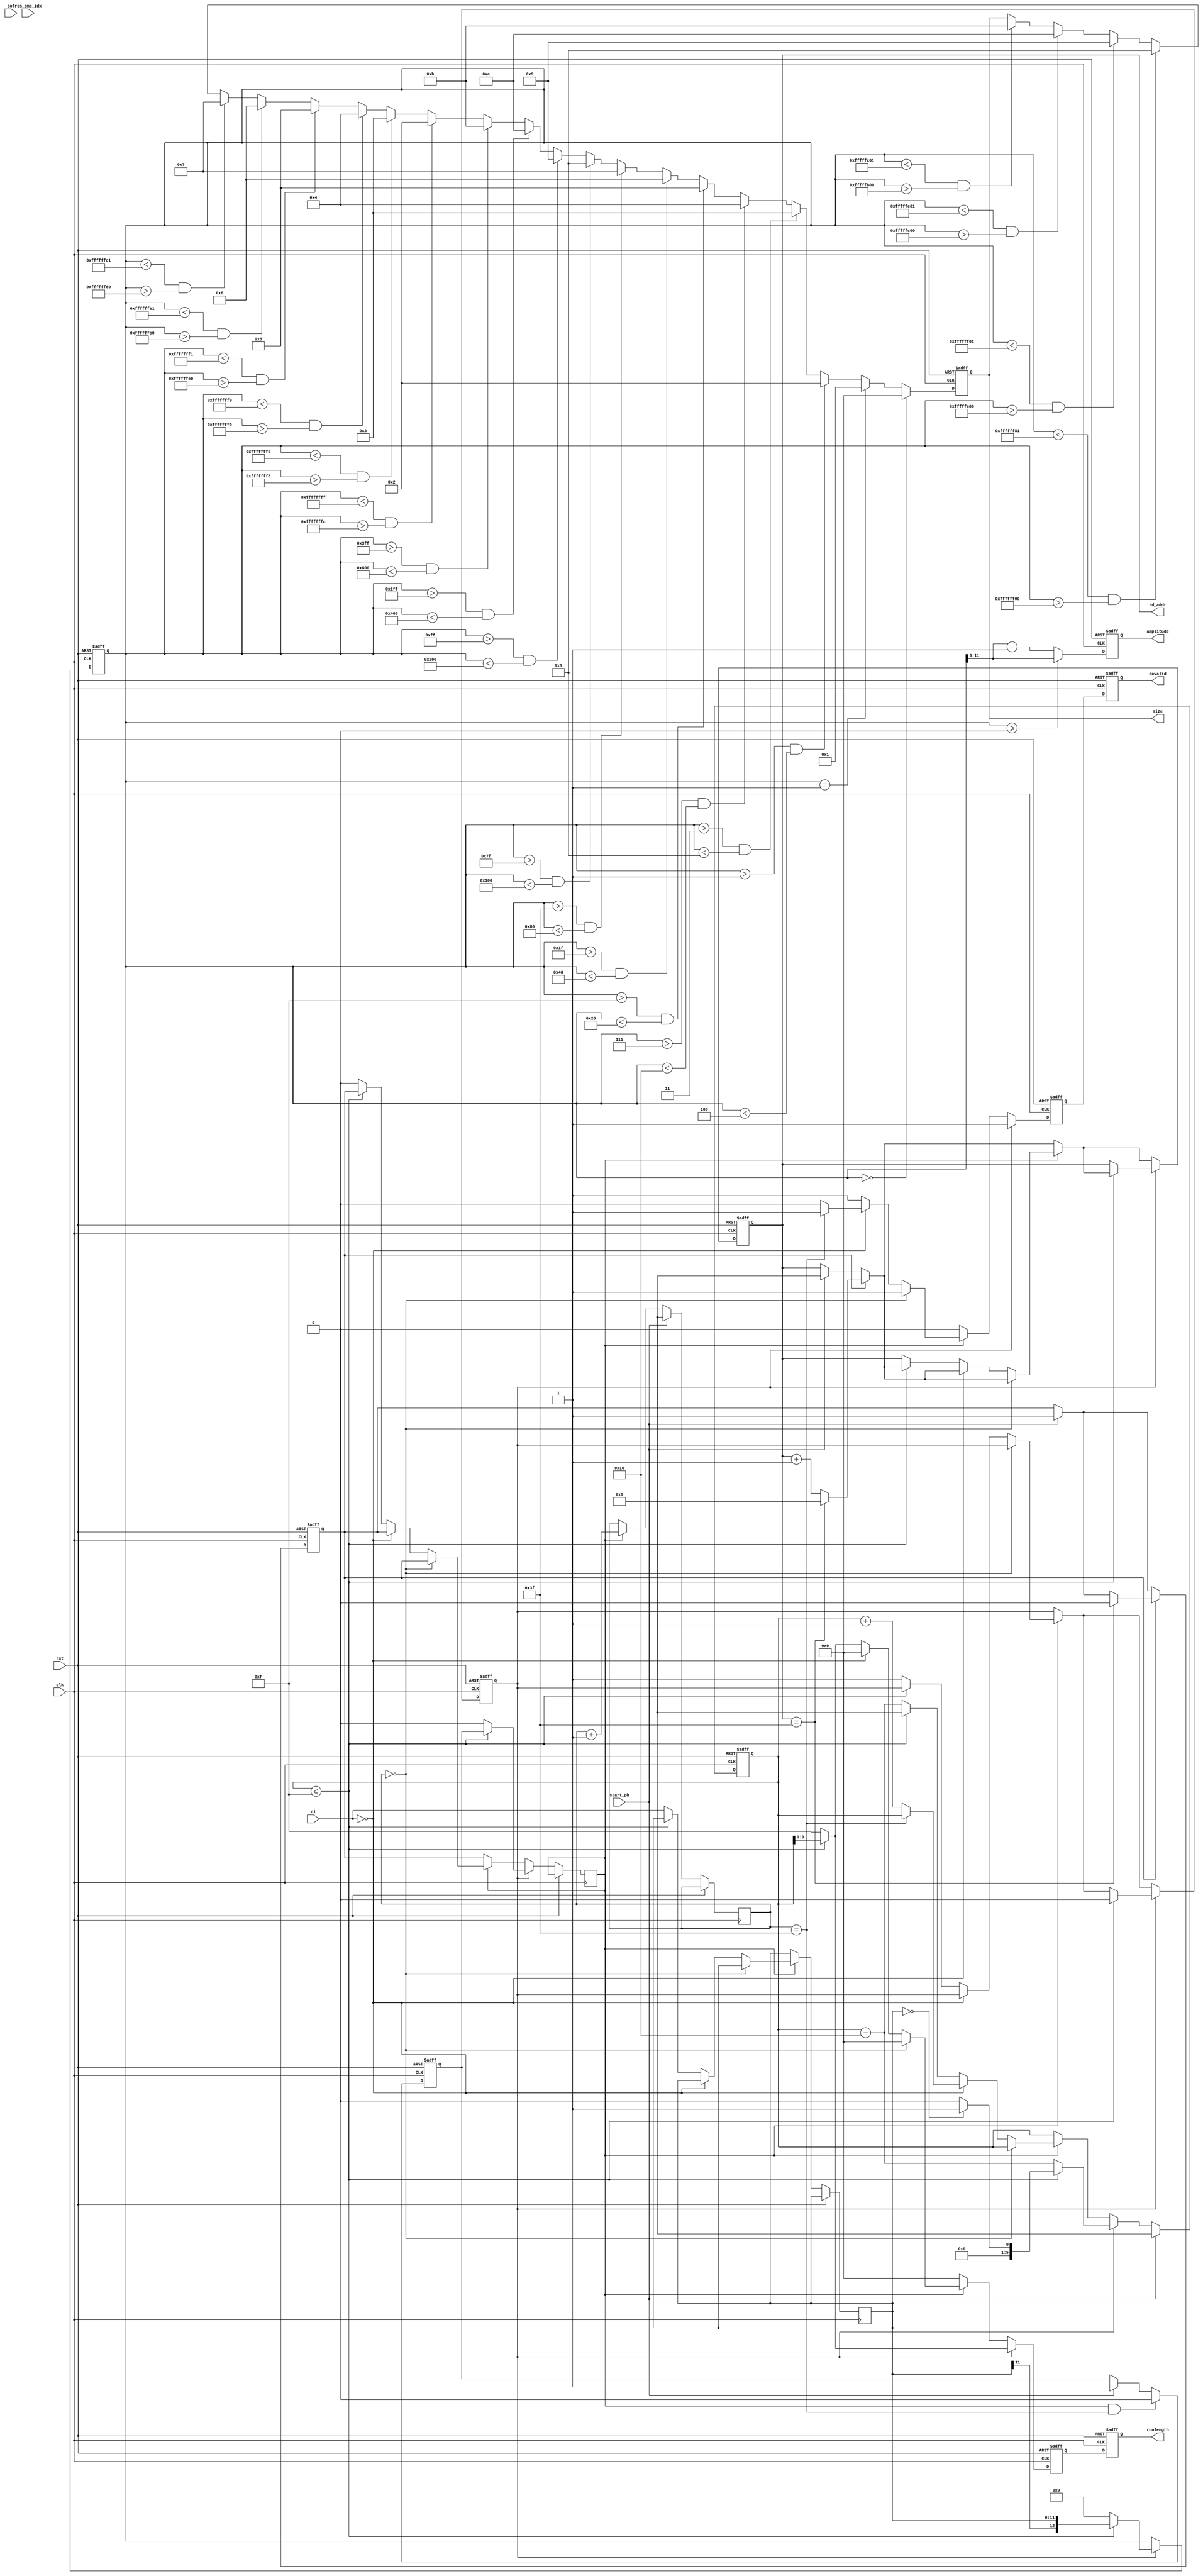
module rle
(
 input wire 		     rst,
 input wire 		     clk,
 input wire [RAMDATA_W-1:0]  di,
 input wire 		     start_pb,
 input wire 		     sof,
 input wire [2:0] 	     rss_cmp_idx,
 output reg [3:0] 	     runlength,
 output wire [3:0] 	     size,
 output wire [RAMDATA_W-1:0] amplitude,
 output reg 		     dovalid,
 output wire [5:0] 	     rd_addr
);

   parameter [31:0] RAMADDR_W = 6;
   parameter [31:0] RAMDATA_W = 12;

   parameter SIZE_REG_C = 4;
   parameter ZEROS_32_C = 0;
   
   reg [RAMDATA_W - 1:0]       prev_dc_reg_0 = 0;
   reg [RAMDATA_W - 1:0]       prev_dc_reg_1 = 0;
   reg [RAMDATA_W - 1:0]       prev_dc_reg_2 = 0;
   reg [RAMDATA_W - 1:0]       prev_dc_reg_3 = 0;
    
   reg [RAMDATA_W:0] 	       acc_reg = 0;
   reg [SIZE_REG_C - 1:0]      size_reg = 0;
   reg [RAMDATA_W:0] 	       ampli_vli_reg = 0;
   reg [3:0] 		       runlength_reg = 0;
   reg 			       dovalid_reg = 1'b0;
   reg [5:0] 		       zero_cnt = 0;
    
   reg [5:0] 		       wr_cnt_d1 = 0;
   reg [5:0] 		       wr_cnt = 0;
   reg [5:0] 		       rd_cnt = 0;
   reg 			       rd_en = 1'b0;
    
   reg 			       divalid = 1'b0;
   reg 			       divalid_en = 1'b0;
    
   reg 			       zrl_proc = 1'b0;
   reg [RAMDATA_W - 1:0]       zrl_di = 0;
   
   assign size = (size_reg);
   assign amplitude = (ampli_vli_reg[11:0]);
   assign rd_addr = (rd_cnt);
   
    //-----------------------------------------
    // MAIN PROCESSING
    //-----------------------------------------
    always @(posedge clk or posedge rst) begin
	if(rst == 1'b1) begin
	    wr_cnt_d1 <= {6{1'b0}};
            prev_dc_reg_0 <= {(((RAMDATA_W - 1))-((0))+1){1'b0}};
            prev_dc_reg_1 <= {(((RAMDATA_W - 1))-((0))+1){1'b0}};
            prev_dc_reg_2 <= {(((RAMDATA_W - 1))-((0))+1){1'b0}};
            prev_dc_reg_3 <= {(((RAMDATA_W - 1))-((0))+1){1'b0}};
            dovalid_reg <= 1'b0;
            acc_reg <= {(((RAMDATA_W))-((0))+1){1'b0}};
            runlength_reg <= {4{1'b0}};
            runlength <= {4{1'b0}};
            dovalid <= 1'b0;
            zero_cnt <= {6{1'b0}};
            zrl_proc <= 1'b0;
            rd_en <= 1'b0;
            rd_cnt <= {6{1'b0}};
            divalid_en <= 1'b0;
        end 
	else begin
	    dovalid_reg <= 1'b0;
	    runlength_reg <= {4{1'b0}};
	    wr_cnt_d1 <= wr_cnt;
	    runlength <= (runlength_reg);
	    dovalid <= dovalid_reg;
	    divalid <= rd_en;
	 
	    if(start_pb == 1'b1) begin
		rd_cnt <= {6{1'b0}};
                rd_en <= 1'b1;
                divalid_en <= 1'b1;
            end	    
            if(divalid == 1'b1 && wr_cnt == 63) begin
	        divalid_en <= 1'b0;
	    end
	 
	    // input read enable
	    if(rd_en == 1'b1) begin
		if(rd_cnt == (64 - 1)) begin
		    rd_cnt <= {6{1'b0}};
		    rd_en <= 1'b 0;
                end
                else begin
                   rd_cnt <= rd_cnt + 1;
                end
	    end 
	 
	    // input data valid
	    if(divalid == 1'b1) begin
		wr_cnt <= wr_cnt + 1;
		// first DCT coefficient received, DC data
		if(wr_cnt == 0) begin
		    
		    // differental coding of DC data per component
		    case(rss_cmp_idx)
		      3'b000, 3'b001 : begin
			  // @todo verify?
			  //acc_reg <= RESIZE(SIGNED(di),RAMDATA_W+1) - RESIZE(prev_dc_reg_0,RAMDATA_W+1);
			  acc_reg <= $signed(di) - prev_dc_reg_0;	     
			  prev_dc_reg_0 <= (di);
		      end
		      3'b010 : begin
			  // @todo: verify?              
			  //acc_reg <= RESIZE(SIGNED(di),RAMDATA_W+1) - RESIZE(prev_dc_reg_1,RAMDATA_W+1);
			  acc_reg <= $signed(di) - prev_dc_reg_1;
			  prev_dc_reg_1 <= (di);
		      end
		      3'b011 : begin
			  // @todo: verify?            
			  //acc_reg <= RESIZE(SIGNED(di),RAMDATA_W+1) - RESIZE(prev_dc_reg_2,RAMDATA_W+1);
			  acc_reg <= $signed(di) - prev_dc_reg_2;	     
			  prev_dc_reg_2 <= (di);
		      end
		      default : begin
		      end
		    endcase
		    
		    runlength_reg <= {4{1'b0}};
		    dovalid_reg <= 1'b 1;
		    // AC coefficient
		end
		else begin
		    // zero AC
		    if(((di)) == 0) begin
			// EOB
			if(wr_cnt == 63) begin
			    acc_reg <= {(((RAMDATA_W))-((0))+1){1'b0}};
			runlength_reg <= {4{1'b0}};
			dovalid_reg <= 1'b1;
			// no EOB
		    end
			else begin
			    zero_cnt <= zero_cnt + 1;
			end
			// non-zero AC
		    end
		    else begin
			// normal RLE case
			if(zero_cnt <= 15) begin
			    // @todo: verify?  
			    //acc_reg        <= RESIZE(SIGNED(di),RAMDATA_W+1);  
			    acc_reg <= $signed(di);             
			    runlength_reg <= zero_cnt[3:0];
			    zero_cnt <= {6{1'b0}};
			    dovalid_reg <= 1'b1;
			    // zero_cnt > 15
			end
			else begin
			    // generate ZRL
			    acc_reg <= {(((RAMDATA_W))-((0))+1){1'b0}};
    		    	    runlength_reg <= 4'hF;
			    zero_cnt <= zero_cnt - 16;
			    dovalid_reg <= 1'b1;
          		    // stall input until ZRL is handled
    		   	    zrl_proc <= 1'b1;
			    zrl_di <= di;
			    divalid <= 1'b0;
			    rd_cnt <= rd_cnt;
		        end
		    end
		end
	    end
	  
	    // ZRL processing
	    if(zrl_proc == 1'b1) begin
		if(zero_cnt <= 15) begin
		    
		    // @todo: verify
		    //acc_reg        <= RESIZE(SIGNED(zrl_di),RAMDATA_W+1);
		    acc_reg = $signed(zrl_di);	    
		    runlength_reg <= zero_cnt[3:0];
		    
		    if(((zrl_di)) == 0) begin
			//zero_cnt     <= to_unsigned(1,zero_cnt'length);
			zero_cnt <= 1;
		    end
		    else begin
			zero_cnt <= {6{1'b0}};
		end
		    
		    dovalid_reg <= 1'b1;
		    divalid <= divalid_en;
		    // continue input handling
		    zrl_proc <= 1'b0;
		    // zero_cnt > 15
		end
		else begin
		    // generate ZRL
		    acc_reg <= {(((RAMDATA_W))-((0))+1){1'b0}};
                    runlength_reg <= 4'hF;
                    zero_cnt <= zero_cnt - 16;
                    dovalid_reg <= 1'b1;
                    divalid <= 1'b0;
                    rd_cnt <= rd_cnt;
                end
	    end
	  
	    // start of 8x8 block processing
	    if(start_pb == 1'b1) begin
		zero_cnt <= {6{1'b0}};
                wr_cnt <= {6{1'b0}};
            end
	    if(sof == 1'b1) begin
                prev_dc_reg_0 <= {(((RAMDATA_W - 1))-((0))+1){1'b0}};
                prev_dc_reg_1 <= {(((RAMDATA_W - 1))-((0))+1){1'b0}};
                 prev_dc_reg_2 <= {(((RAMDATA_W - 1))-((0))+1){1'b0}};
                prev_dc_reg_3 <= {(((RAMDATA_W - 1))-((0))+1){1'b0}};
             end
	end
    end

    //-----------------------------------------------------------------
    // Entropy Coder
    //-----------------------------------------------------------------
    always @(posedge clk or posedge rst) begin
	if(rst == 1'b1) begin
	    ampli_vli_reg <= {(((RAMDATA_W))-((0))+1){1'b0}};
      	    size_reg <= {(((SIZE_REG_C - 1))-((0))+1){1'b0}};
        end 
	else begin
	    // perform VLI (variable length integer) encoding for Symbol-2 (Amplitude)
	    // positive input
	    if(acc_reg >= 0) begin
		ampli_vli_reg <= acc_reg;
	    end
	    else begin
		ampli_vli_reg <= acc_reg - 1;	 
	    end
       
	    // compute Symbol-1 Size	    
	    // clog2 implementation
	    if (acc_reg == -1) begin
		size_reg <= 1;
	    end
	    else if (acc_reg < -1 && acc_reg > -4) begin
		size_reg <= 2;
	    end
	    else if (acc_reg < -3 && acc_reg > -8) begin
		size_reg <= 3;
	    end
	    else if (acc_reg < -7 && acc_reg > -16) begin
		size_reg <= 4;
	    end
	    else if (acc_reg < -15 && acc_reg > -32) begin
		size_reg <= 5;
	    end
	    else if (acc_reg < -31 && acc_reg > -64) begin
		size_reg <= 6;
	    end
	    else if (acc_reg < -63 && acc_reg > -128) begin
		size_reg <= 7;
	    end
	    else if (acc_reg < -127 && acc_reg > -256) begin
		size_reg <= 8;
	    end
	    else if (acc_reg < -255 && acc_reg > -512) begin
		size_reg <= 9;
	    end
	    else if (acc_reg < -511 && acc_reg > -1024) begin
		size_reg <= 10;
	    end
	    else if (acc_reg < -1023 && acc_reg > -2048) begin
		size_reg <= 11;
	    end
       
	    // compute Symbol-1 Size
	    // positive input
	    // simple clog2
	    if (acc_reg == 1) begin
		size_reg <= 1;
	    end
	    else if (acc_reg > 1 && acc_reg < 4) begin
		size_reg <= 2;
	    end
	    else if (acc_reg > 3 && acc_reg < 8) begin
		size_reg <= 3;
	    end
	    else if (acc_reg > 7 && acc_reg < 16) begin
		size_reg <= 4;
	    end
	    else if (acc_reg > 15 && acc_reg < 32) begin
		size_reg <= 5;
	    end
	    else if (acc_reg > 31 && acc_reg < 64) begin
		size_reg <= 6;
	    end
	    else if (acc_reg > 63 && acc_reg < 128) begin
		size_reg <= 7;
	    end
	    else if (acc_reg > 127 && acc_reg < 256) begin
		size_reg <= 8;
	    end
	    else if (acc_reg > 255 && acc_reg < 512) begin
		size_reg <= 9;
	    end
	    else if (acc_reg > 511 && acc_reg < 1024) begin
		size_reg <= 10;
	    end
	    else if (acc_reg > 1023 && acc_reg < 2048) begin
		size_reg <= 11;
	    end
	    
	    // DC coefficient amplitude=0 case OR EOB
	    if(acc_reg == 0) begin
		size_reg <= (0);
	    end
	end
    end


endmodule